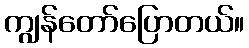
ကျွန်တော်ပြောတယ်။